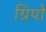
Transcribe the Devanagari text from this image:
ग्रिपों